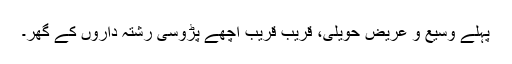
پہلے وسیع و عریض حویلی، قریب قریب اچھے پڑوسی رشتہ داروں کے گھر۔